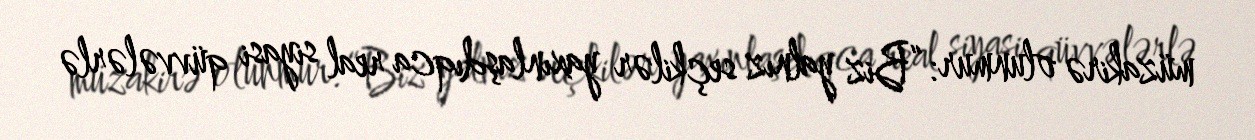
müzakirə olunmur: “Biz yalnız seçkilər yaxınlaşdıqca real siyasi qüvvələrlə